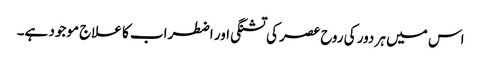
اس میں ہر دور کی روح عصر کی تشنگی اور اضطراب کا علاج موجود ہے۔